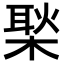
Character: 𪳎